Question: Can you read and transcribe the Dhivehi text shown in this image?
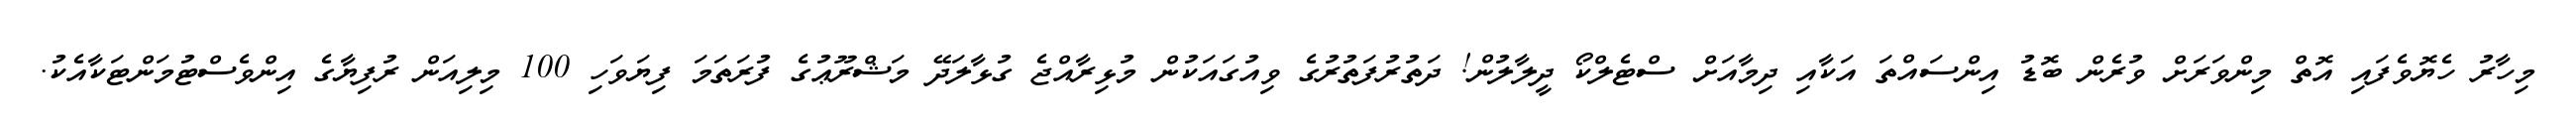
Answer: މިހާރު ހެޔޮވެފައި އޮތް މިންވަރަށް ވުރެން ބޮޑު އިންސައްތަ އަކާއި ދިމާއަށް ސްޓެލްކޯ ދީލާލުން! ދަތުރުފަތުރުގެ ވިއުގައަކުން މުޅިރާއްޖެ ގުޅާލަދޭ މަޝްރޫޢުގެ ފުރަތަމަ ފިޔަވަހި 100 މިލިއަން ރުފިޔާގެ އިންވެސްޓުމަންޓަކާއެކު.